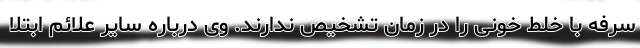
سرفه با خلط خونی را در زمان تشخیص ندارند. وی درباره سایر علائم ابتلا